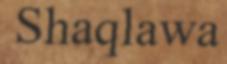
Shaqlawa